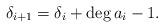
LaTeX: \begin{align*} \delta_{i+1}=\delta_i+\deg a_i-1.\end{align*}